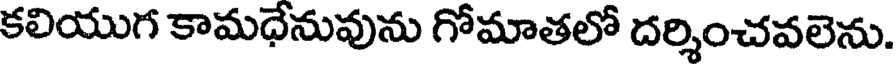
కలియుగ కామధేనువును గోమాతలో దర్శించవలెను.